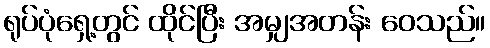
ရုပ်ပုံရှေ့တွင် ထိုင်ပြီး အမျှအတန်း ဝေသည်။